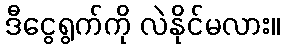
ဒီငွေရွက်ကို လဲနိုင်မလား။